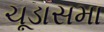
ચૂડાસમા